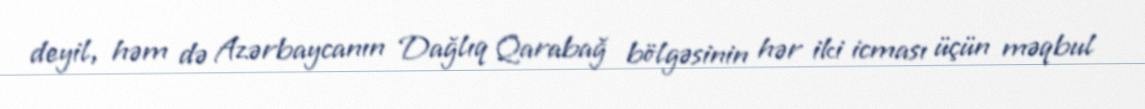
deyil, həm də Azərbaycanın Dağlıq Qarabağ bölgəsinin hər iki icması üçün məqbul